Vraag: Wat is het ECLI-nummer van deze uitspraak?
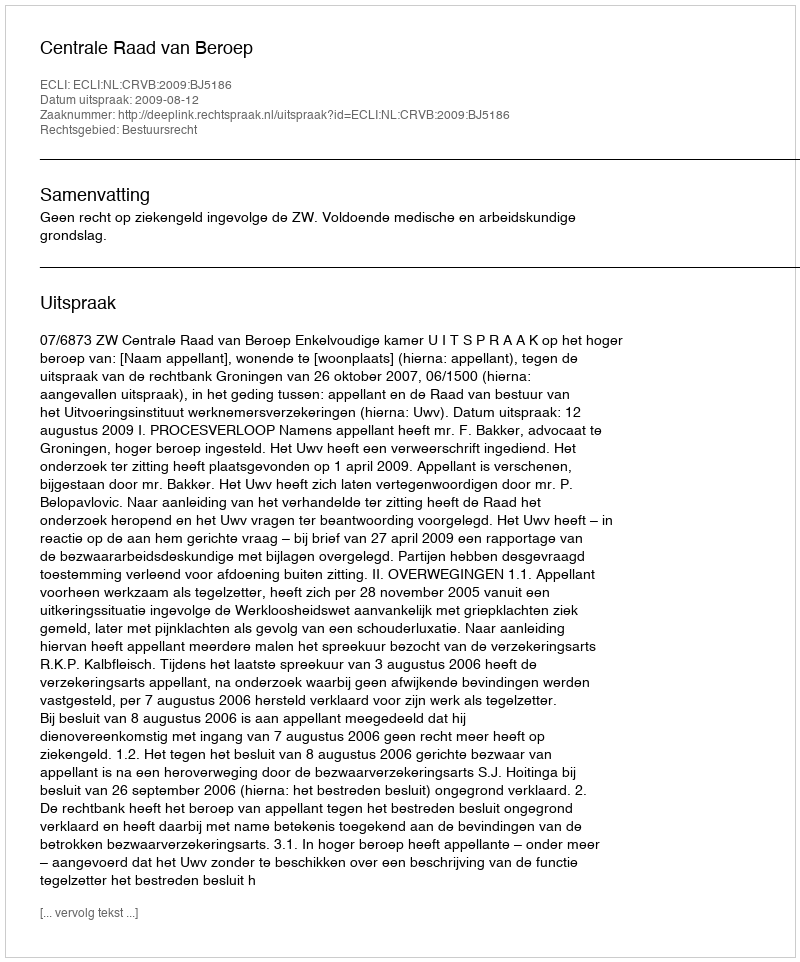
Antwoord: ECLI:NL:CRVB:2009:BJ5186